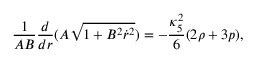
\frac { 1 } { A B } \frac { d } { d r } ( A \sqrt { 1 + B ^ { 2 } \dot { r } ^ { 2 } } ) = - \frac { \kappa _ { 5 } ^ { 2 } } { 6 } ( 2 \rho + 3 p ) ,